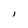
Character: I